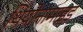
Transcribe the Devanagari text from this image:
थियोनामाइड